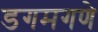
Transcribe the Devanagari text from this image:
डगमगणे